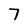
Character: 7